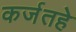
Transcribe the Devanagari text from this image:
कर्जतहे